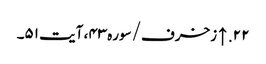
۲۲. ↑ زخرف/سوره۴۳، آیت ۵۱۔